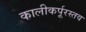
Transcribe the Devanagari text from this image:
कालीकर्पूरस्तव